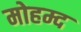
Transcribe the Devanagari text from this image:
मोहम्द